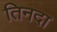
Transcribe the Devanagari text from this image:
तिनदा